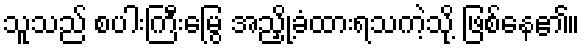
သူသည် စပါးကြီးမြွေ အညှို့ခံထားရသကဲ့သို့ ဖြစ်နေ၏။